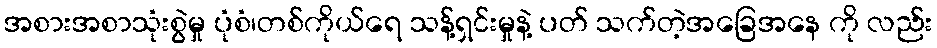
အစားအစာသုံးစွဲမှု ပုံစံ၊တစ်ကိုယ်ရေ သန့်ရှင်းမှုနဲ့ ပတ် သက်တဲ့အခြေအနေ ကို လည်း